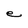
Character: e